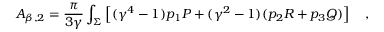
A _ { \beta , 2 } = { \frac { \pi } { 3 \gamma } } \int _ { \Sigma } \left[ ( \gamma ^ { 4 } - 1 ) p _ { 1 } { \cal P } + ( \gamma ^ { 2 } - 1 ) ( p _ { 2 } R + p _ { 3 } { \cal Q } ) \right] ~ ~ ~ ,